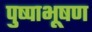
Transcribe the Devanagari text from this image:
पुष्पाभूषण